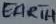
Text: EARTH